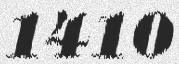
1410